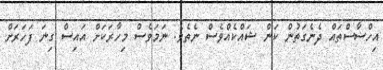
އިހްސާސްތައް ދެނެގަތުން ކަން ޝައްކެއްވެސް ނެތެވެ. ނަމަވެސް މިހާރަކަށް އައިސް ގިނަ ފަހަރަށް